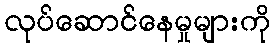
လုပ်ဆောင်နေမှုများကို